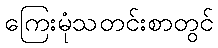
ကြေးမုံသတင်းစာတွင်